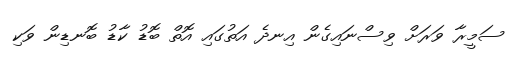
ސަމީރާ ވަރަށް ވިސްނައިގެން އިނދެ އަތުގައި އޮތް ބޮޑު ކާޑު ބޮނޑިން ވަކި